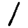
Digit: 1